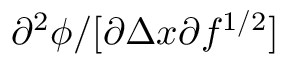
\partial ^ { 2 } \phi / [ \partial { \Delta x } \partial { f ^ { 1 / 2 } } ]